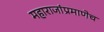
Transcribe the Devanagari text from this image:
महाराजांप्रमाणेच